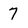
Character: 7